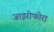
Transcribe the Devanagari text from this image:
जाइरोफोरा